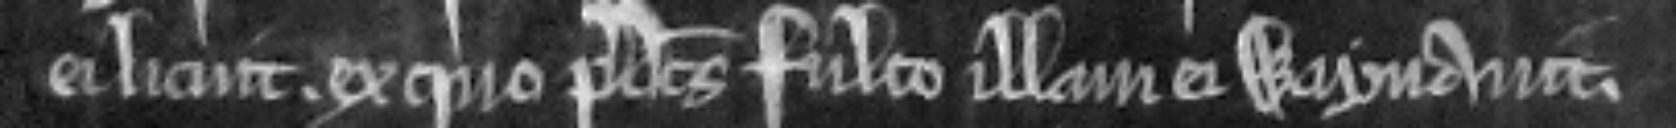
ei licuit ex quo predictus Fulco illam ei wayvavit.